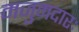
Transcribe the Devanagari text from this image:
मजुमदारः